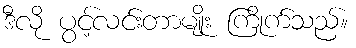
ဒီလို ပွင့်လင်းတာမျိုး ကြိုက်သည်။